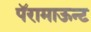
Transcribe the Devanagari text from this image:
पॅरामाऊन्ट